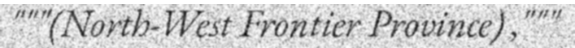
"""(North-West Frontier Province) ,"""